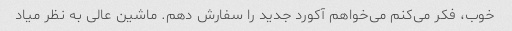
خوب، فکر می‌کنم می‌خواهم آکورد جدید را سفارش دهم. ماشین عالی به نظر میاد